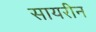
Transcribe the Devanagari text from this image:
सायरीन